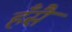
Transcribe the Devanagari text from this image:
हँसै